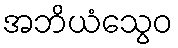
အဘိယံသွေဝ